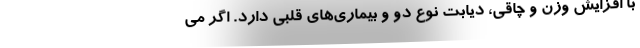
با افزایش وزن و چاقی، دیابت نوع دو و بیماری‌های قلبی دارد. اگر می